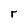
Character: r